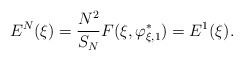
\begin{align*}E_{}^N(\xi) &= \frac{N^2}{S_N} F(\xi, \varphi_{\xi, 1}^*) = E_{}^1(\xi).\end{align*}